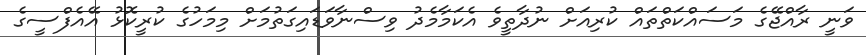
ވަނީ ރާއްޖޭގެ މަސައްކަތްތައް ކުރިއަށް ނުދާތީވެ އެކަމާމެދު ވިސްނާވަޑައިގަތުމަށް މިމަހުގެ ކުރީކޮޅު އޭއެފްސީގެ